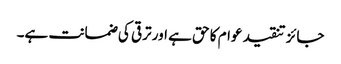
جائز تنقید عوام کا حق ہے اور ترقی کی ضمانت ہے۔